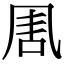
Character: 𠱰